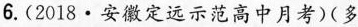
6.(2018\cdot 安徽定远示范高中月考)(多